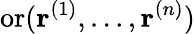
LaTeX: \operatorname{or}(\mathbf{r}^{(1)},\dots,\mathbf{r}^{(n)})